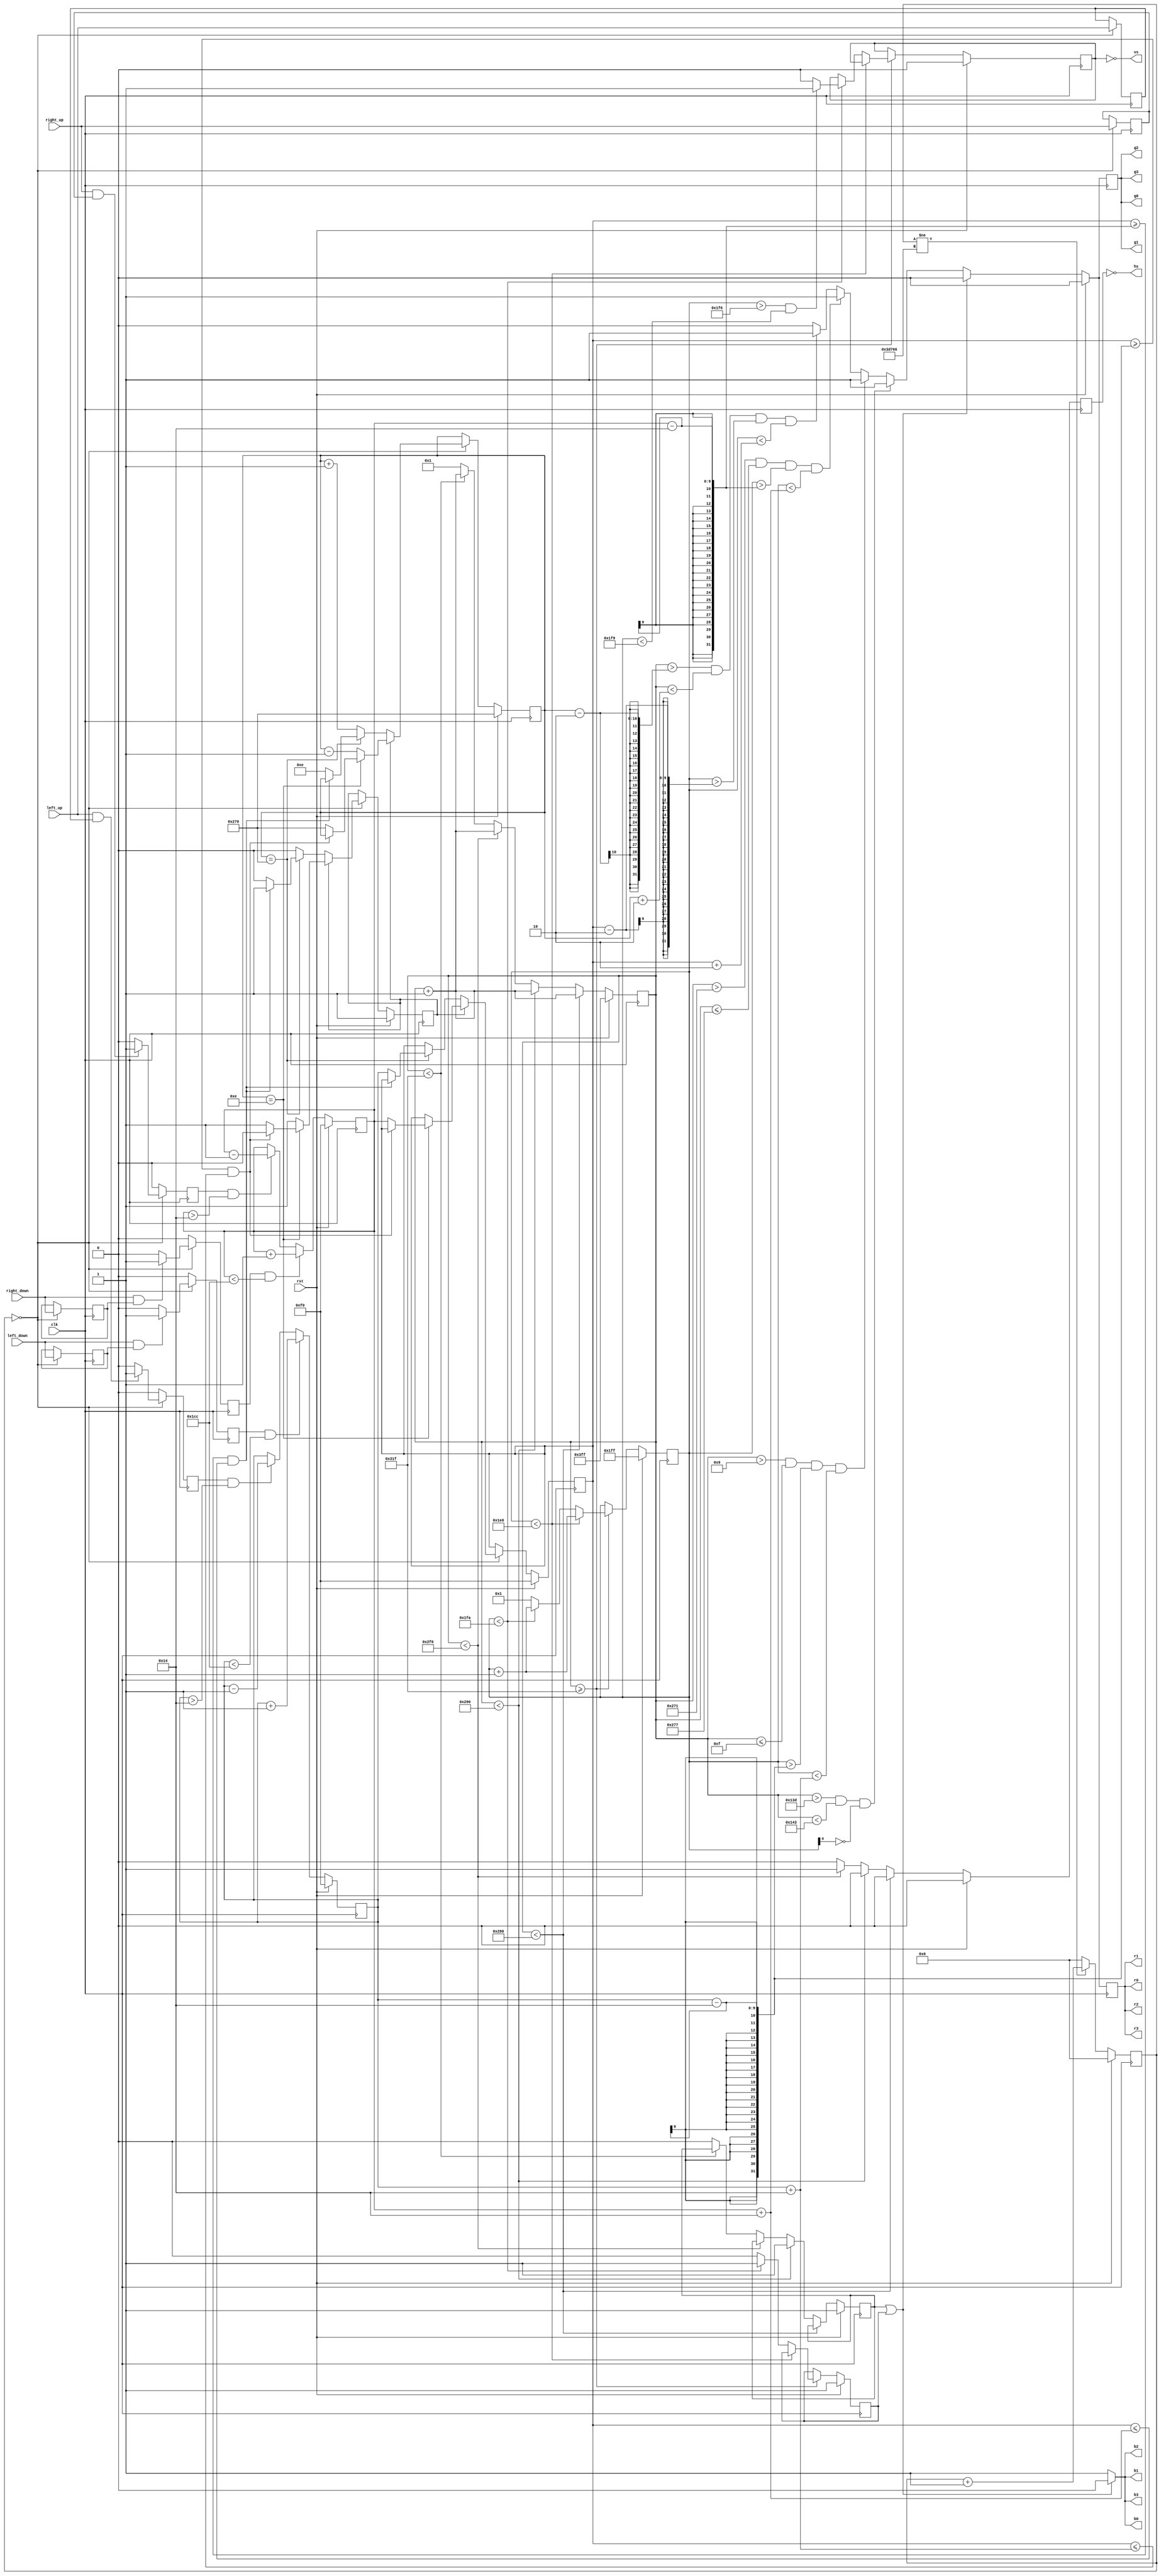

module vga(
	       input  clk,
	       input  rst,
           input  left_up,
           input  left_down,
           input  right_up,
           input  right_down,
	       output r0,
	       output r1,
	       output r2,
	       output r3,
	       output g0,
	       output g1,
	       output g2,
	       output g3,
	       output b0,
	       output b1,
	       output b2,
	       output b3,
	       output hs,
	       output vs
	       );

  localparam	  h_visible    = 640;
  localparam	  h_frontporch = 640 + 16;
  localparam	  h_sync       = 640 + 16 + 96;
  localparam	  h_backporch  = 640 + 16 + 96 + 47;

  // while h_sync is being sent, vertical counts h_sync pulses, for
  // porch and sync, it counts clocks
  localparam	  v_visible    = 480;
  localparam	  v_frontporch = 480 + 22;
  localparam	  v_sync       = 480 + 22 + 3;
  localparam	  v_backporch = 480 + 22 + 3 + 1;

  localparam      paddle_size_v = 40;
  localparam      paddle_size_h = 6;

  localparam      paddle_l_pos_h    = 15;
  localparam      paddle_r_pos_h    = 625;
  
  localparam      ball_size_v = 4;
  localparam      ball_size_h = 4;
  
  wire            blank;
  reg             blank_h;
  reg             blank_v;

  assign blank = (blank_h | blank_v);

  // 2^10  = 1024
  reg [9:0]       count_h;
  // 2^9 = 512
  reg [8:0]       count_v;

  reg [8:0]       paddle_l_pos_v;
  reg [8:0]       paddle_r_pos_v;

  reg [9:0]       ball_pos_h;
  reg [8:0]       ball_pos_v;
  reg             ball_motion_l;
  
  reg             red;
  reg             grn;
  wire            blu;
  wire            wht;
  reg             hs_out;
  reg             vs_out;

  reg             left_up_1d;
  reg             left_down_1d;
  reg             right_up_1d;
  reg             right_down_1d;

  reg             left_up_pressed;
  reg             left_down_pressed;
  reg             right_up_pressed;
  reg             right_down_pressed;
  reg [24:0]      interval_counter;

  assign r0 = red;
  assign r1 = red;
  assign r2 = red;
  assign r3 = red;
  assign b0 = blu;
  assign b1 = blu;
  assign b2 = blu;
  assign b3 = blu;
  assign g0 = grn;
  assign g1 = grn;
  assign g2 = grn;
  assign g3 = grn;
  assign hs = !hs_out;
  assign vs = !vs_out;

  always @ (posedge clk) begin
    if (rst) begin
      red <= 1'b0;
      grn <= 1'b0;
    end else begin
      red <= wht;
      grn <= wht;
    end
  end

  assign blu = (blank) ? 1'b0 : 1'b1;

  assign wht = (blank) ? 1'b0 :
               // dashed net down the centre
               (count_h > 317 && count_h < 323 && count_v[4] == 1'b0) ? 1'b1 :
               // left paddle
               (count_h > paddle_l_pos_h-paddle_size_h && count_h <= paddle_l_pos_h && count_v > (paddle_l_pos_v-paddle_size_v/2) && count_v < (paddle_l_pos_v+paddle_size_v/2)) ? 1'b1 :
               // right paddle
               (count_h > paddle_r_pos_h && count_h <= paddle_r_pos_h+paddle_size_h && count_v > (paddle_r_pos_v-paddle_size_v/2) && count_v < (paddle_r_pos_v+paddle_size_v/2)) ? 1'b1 :
               // ball
               (count_h > (ball_pos_h-ball_size_h/2) && count_h < (ball_pos_h+ball_size_h/2) && count_v > (ball_pos_v-ball_size_v/2) && count_v < (ball_pos_v+ball_size_v/2)) ? 1'b1 :
               1'b0;

  // Horizontal
  always @ (posedge clk) begin
    hs_out <= 1'b0;
    if (rst) begin
      count_h <= 10'b11_1111_1111;
      blank_h <= 1'b1;
    end else if (count_h < h_visible) begin
	  // horizontal visible
      count_h <= count_h + 1;
    end else if (count_h < h_frontporch) begin
	  // horizontal front porch
      count_h <= count_h + 1;
      blank_h <= 1'b1;
    end else if (count_h < h_sync) begin
	  // horizontal sync
      count_h <= count_h + 1;
	  hs_out <= 1'b1;
    end else if (count_h < h_backporch) begin
	  // horizontal back porch
      count_h <= count_h + 1;
    end else begin
      count_h <= 1;
      blank_h <= 1'b0;
    end
  end

  // Vertical
  always @ (posedge clk) begin
    if (rst) begin
      count_v              <= 9'b1_1111_1111;
      blank_v              <= 1'b1;
      vs_out               <= 1'b0;
    end else if (count_h >= h_backporch) begin
      if (count_v < v_visible) begin
        count_v <= count_v + 1;
      end else if (count_v < v_backporch) begin
        count_v <= count_v + 1;
        blank_v <= 1'b1;
        if (count_v > v_frontporch && count_v < v_sync) begin
          vs_out <= 1'b1;
        end else begin
          vs_out <= 1'b0;
        end
      end else begin
        count_v <= 1;
        blank_v <= 1'b0;
      end
    end
  end

  // counter
  always @ (posedge clk) begin
    if (rst) begin
      interval_counter <= 0;
    end else begin
      if (interval_counter != 25175000/100) begin
        interval_counter <= interval_counter + 1;
      end else begin
        interval_counter <= 0;
      end
    end
  end
  
  // paddle debounce
  always @ (posedge clk) begin
    begin
      left_up_pressed    <= 1'b0;
      left_down_pressed  <= 1'b0;
      right_up_pressed   <= 1'b0;
      right_down_pressed <= 1'b0;
      // 100ms debounce/repeat
      if (interval_counter == 0) begin
        left_up_1d       <= left_up;
        left_down_1d     <= left_down;
        right_up_1d      <= right_up;
        right_down_1d    <= right_down;
        if (left_up && left_up_1d) begin
          left_up_pressed <= 1'b1;
        end
        if (left_down && left_down_1d) begin
          left_down_pressed <= 1'b1;
        end
        if (right_up && right_up_1d) begin
          right_up_pressed <= 1'b1;
        end
        if (right_down && right_down_1d) begin
          right_down_pressed <= 1'b1;
        end
      end
    end
  end

  // paddle logic
  always @ (posedge clk) begin
    if (rst) begin
      paddle_l_pos_v <= v_visible/2;
      paddle_r_pos_v <= v_visible/2;
    end else begin
      if (left_up_pressed && paddle_l_pos_v > paddle_size_v/2) begin
          paddle_l_pos_v <= paddle_l_pos_v - 1;
      end
      if (left_down_pressed && paddle_l_pos_v < v_visible - paddle_size_v/2) begin
          paddle_l_pos_v <= paddle_l_pos_v + 1;
      end
      if (right_up_pressed && paddle_r_pos_v > paddle_size_v/2) begin
          paddle_r_pos_v <= paddle_r_pos_v - 1;
      end
      if (right_down_pressed && paddle_r_pos_v < v_visible - paddle_size_v/2) begin
          paddle_r_pos_v <= paddle_r_pos_v + 1;
      end
    end
  end

  // ball logic
  always @ (posedge clk) begin
    if (rst) begin
      ball_pos_v <= v_visible/2;
      ball_pos_h <= paddle_r_pos_h-1;
      ball_motion_l <= 1'b1;
    end else begin
      if (interval_counter == 0) begin
        // is the ball moving left
        if (ball_motion_l == 1'b1) begin
          // is the ball in the left paddle column
          if (ball_pos_h == paddle_l_pos_h-1) begin
            // did the ball hit the left paddle
            if (ball_pos_v >= paddle_l_pos_v-paddle_size_v/2 && ball_pos_v <= paddle_l_pos_v+paddle_size_v/2) begin
              // bounce off left paddle
              ball_motion_l <= 1'b0;
            end else begin
              // right side serves
              ball_pos_h <= paddle_r_pos_h-1;
              ball_pos_v <= paddle_r_pos_v;
            end
          end else begin
            // ball is moving left
            ball_pos_h <= ball_pos_h-1;
          end
        end else begin // if (ball_motion_l == 1'b1)
          // ball is moving right, is the ball in the right paddle columnx
          if (ball_pos_h == paddle_r_pos_h-1) begin
            // did the ball hit the right paddle
            if (ball_pos_v >= paddle_r_pos_v-paddle_size_v/2 && ball_pos_v <= paddle_r_pos_v+paddle_size_v/2) begin
              // bounce off right paddle
              ball_motion_l <= 1'b1;
            end else begin
              // left side serves
              ball_pos_h <= paddle_l_pos_h-1;
              ball_pos_v <= paddle_l_pos_v;
            end
          end else begin
            // ball is moving right
            ball_pos_h <= ball_pos_h+1;
          end
        end
      end
    end
  end
endmodule